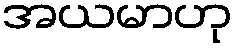
အယမာဟု